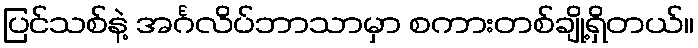
ပြင်သစ်နဲ့ အင်္ဂလိပ်ဘာသာမှာ စကားတစ်ချို့ရှိတယ်။